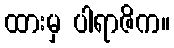
ထားမှ ပါရာဇိက။